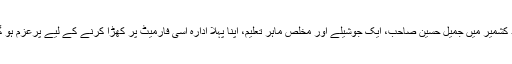
اُدھر آزاد کشمیر میں جمیل حسین صاحب، ایک جوشیلے اور مخلص ماہر تعلیم، اپنا پہلا ادارہ اسی فارمیٹ پر کھڑا کرنے کے لیے پرعزم ہو گئے ہیں۔